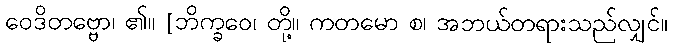
ဝေဒိတဗ္ဗော၊ ၏။ [ဘိက္ခဝေ၊ တို့။ ကတမော စ၊ အဘယ်တရားသည်လျှင်။